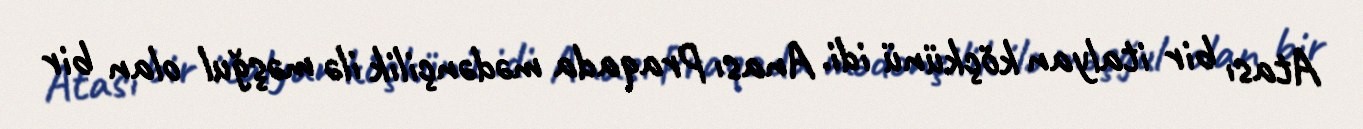
Atası bir italyan köçkünü idi. Anası Praqada mədənçilik ilə məşğul olan bir